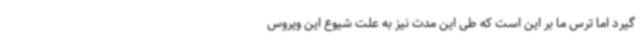
گیرد اما ترس ما بر این است که طی این مدت نیز به علت شیوع این ویروس